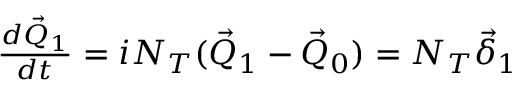
\begin{array} { r } { \frac { d \vec { Q } _ { 1 } } { d t } = i N _ { T } ( \vec { Q } _ { 1 } - \vec { Q } _ { 0 } ) = N _ { T } \vec { \delta } _ { 1 } } \end{array}